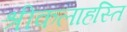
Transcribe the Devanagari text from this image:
श्रीकलाहस्ति